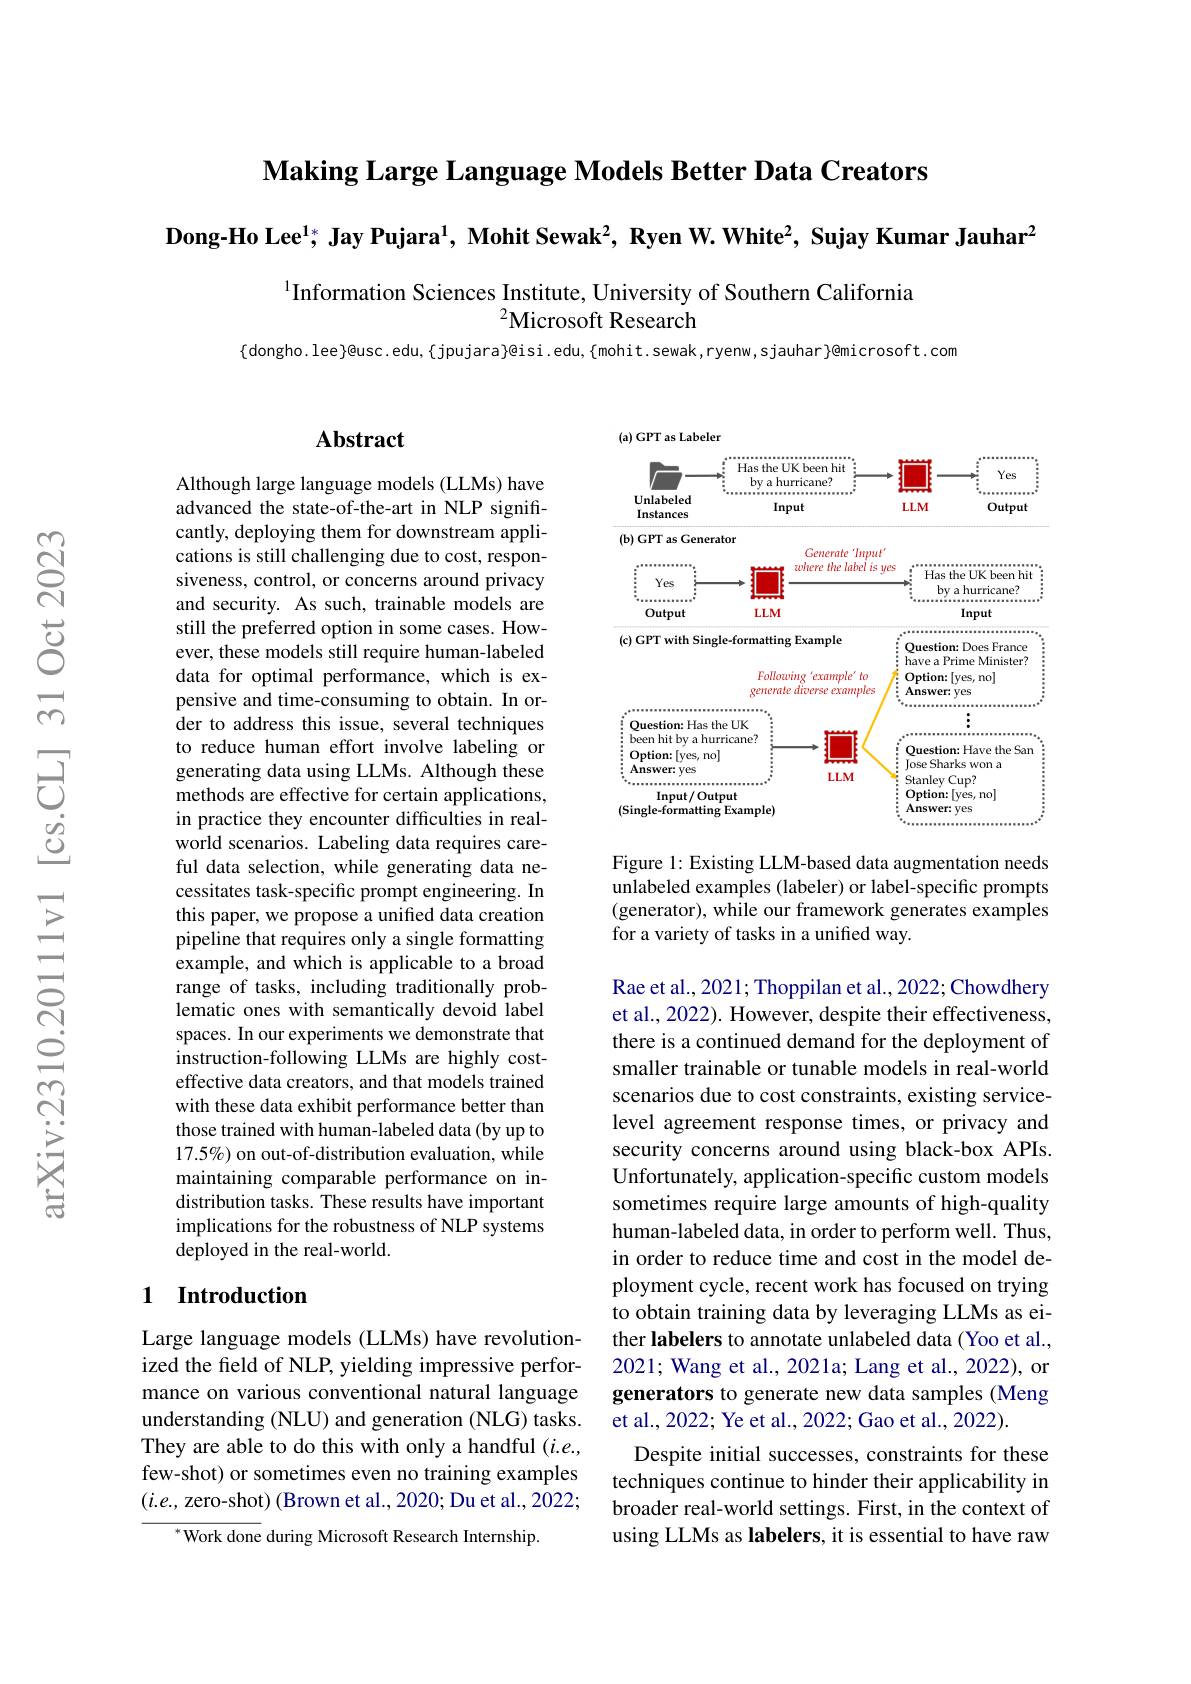
$\textbf{Making Large Language Models Better Data Creators}$

$\textbf{Dong-Ho Lee}^{1*}$, Jay Pujara$^1$, Mohit Sewak$^2,\textbf{ Ryen W. White}^2$, Sujay Kumar Jauhar$^2$

Information Sciences Institute, University of Southern California
$^{2}$Microsoft Research

${dongho.lee}\}@usc.edu,{jpujara}@isi.edu,{\{mohit.sewak,ryenw,sjauhar\}@microsoft.com}$

## $\mathbf{Abstract}$

Although large language models (LLMs) have advanced the state-of-the-art in NLP significantly, deploying them for downstream applications is still challenging due to cost, responsiveness, control, or concerns around privacy and security. As such, trainable models are still the preferred option in some cases. However, these models still require human-labeled data for optimal performance, which is expensive and time-consuming to obtain. In order to address this issue, several techniques to reduce human effort involve labeling or generating data using LLMs. Although these methods are effective for certain applications, in practice they encounter difficulties in realworld scenarios. Labeling data requires careful data selection, while generating data necessitates task-specific prompt engineering. In this paper, we propose a unified data creation pipeline that requires only a single formatting example, and which is applicable to a broad range of tasks, including traditionally problematic ones with semantically devoid label spaces. In our experiments we demonstrate that instruction-following LLMs are highly costeffective data creators, and that models trained with these data exhibit performance better than those trained with human-labeled data (by up to 17.5%) on out-of-distribution evaluation, while maintaining comparable performance on indistribution tasks. These results have important implications for the robustness of NLP systems deployed in the real-world.

### 1 Introduction

Large language models (LLMs) have revolutionized the field of NLP, yielding impressive performance on various conventional natural language understanding (NLU) and generation (NLG) tasks. They are able to do this with only a handful $(i.e.$, few-shot) or sometimes even no training examples $(i.e.$, zero-shot)(Brown et al., 2020; Du et al., 2022;
${^{*}\text{Work done}}$ during Microsoft Research Internship.

<FigureHere>

Figure 1: Existing LLM-based data augmentation needs unlabeled examples (labeler) or label-specific prompts (generator), while our framework generates examples for a variety of tasks in a unified way.

Rae et al., 2021; Thoppilan et al., 2022; Chowdhery et al., 2022). However, despite their effectiveness, there is a continued demand for the deployment of smaller trainable or tunable models in real-world scenarios due to cost constraints, existing servicelevel agreement response times, or privacy and security concerns around using black-box APIs. Unfortunately, application-specific custom models sometimes require large amounts of high-quality human-labeled data, in order to perform well. Thus, in order to reduce time and cost in the model deployment cycle, recent work has focused on trying to obtain training data by leveraging LLMs as either labelers to annotate unlabeled data (Yoo et al., 2021; Wang et al., 2021a; Lang et al., 2022), or generators to generate new data samples (Meng et al., 2022; Ye et al., 2022; Gao et al., 2022).
Despite initial successes, constraints for these techniques continue to hinder their applicability in broader real-world settings. First, in the context of using LLMs as labelers, it is essential to have raw